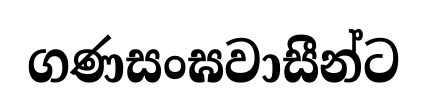
ගණසංඝවාසීන්ට